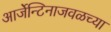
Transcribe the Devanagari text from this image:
आर्जेन्टिनाजवळच्या